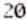
20